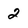
Character: 2